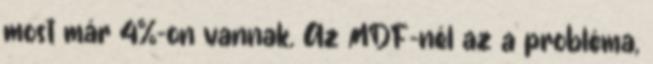
most már 4%-on vannak. Az MDF-nél az a probléma,